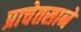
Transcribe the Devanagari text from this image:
प्राचेतसाने